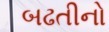
બઢતીનો